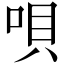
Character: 唄